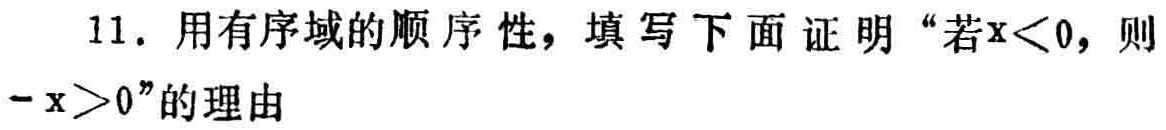
11. 用有序域的顺序性，填写下面证明“若\(x < 0\)，则\(-x>0\)”的理由